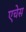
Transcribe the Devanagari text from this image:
एचेस